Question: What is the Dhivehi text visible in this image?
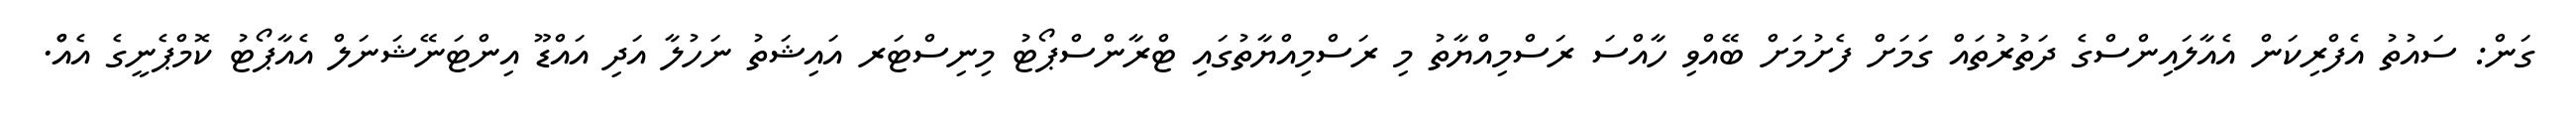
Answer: ގަން: ސައުތު އެފްރިކަން އެއާލައިންސްގެ ދަތުރުތައް ގަމަށް ފެށުމަށް ބޭއްވި ހާއްސަ ރަސްމިއްޔާތު މި ރަސްމިއްޔާތުގައި ޓްރާންސްޕޯޓު މިނިސްޓަރ އައިޝަތު ނަހުލާ އަދި އައްޑޫ އިންޓަނޭޝަނަލް އެއާޕޯޓު ކޮމްޕެނީގެ އެއްް.